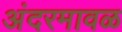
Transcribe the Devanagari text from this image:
अंदरमावळ